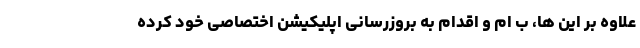
علاوه بر این ها، ب ام و اقدام به بروزرسانی اپلیکیشن اختصاصی خود کرده